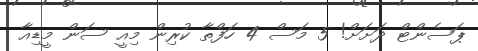
ޕަސެންޓް ދަށަށް! 5 މަސް 4 ހަފްތާ ކުރިން މިއީ ސަން މީޑިއާ